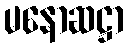
မနောဆဋ္ဌာ